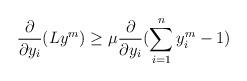
LaTeX: \begin{align*} \frac{\partial}{\partial y_{i}}(Ly^m)\geq \mu \frac{\partial}{\partial y_i}(\sum_{i=1}^{n}y_{i}^{m}-1) \end{align*}